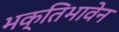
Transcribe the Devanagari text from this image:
भक्तिभावेन